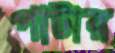
পাটার